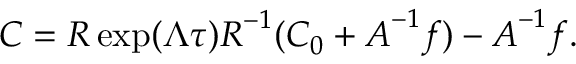
\boldsymbol { C } = \boldsymbol { R } \exp ( \boldsymbol { \Lambda } \tau ) \boldsymbol { R } ^ { - 1 } ( \boldsymbol { C } _ { 0 } + \boldsymbol { A } ^ { - 1 } \boldsymbol { f } ) - \boldsymbol { A } ^ { - 1 } \boldsymbol { f } .